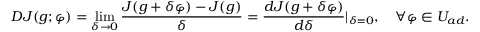
D J ( g ; \varphi ) = \operatorname* { l i m } _ { \delta \to 0 } \frac { J ( g + \delta \varphi ) - J ( g ) } { \delta } = \frac { d J ( g + \delta \varphi ) } { d \delta } | _ { \delta = 0 } , \quad \forall \varphi \in U _ { a d } .